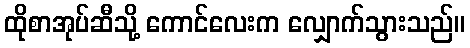
ထိုစာအုပ်ဆီသို့ ကောင်လေးက လျှောက်သွားသည်။